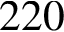
2 2 0